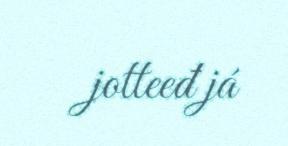
jotteeđ já